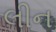
લીન